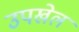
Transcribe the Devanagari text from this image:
उपखेल